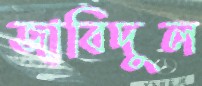
জাবিদুল